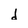
Character: d